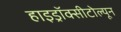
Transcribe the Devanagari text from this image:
हाइड्रॉक्सीटोल्यून